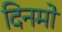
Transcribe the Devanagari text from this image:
दिनमो